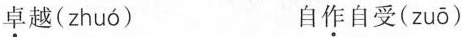
卓越( zhuó ) 自作自受( zuō )